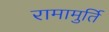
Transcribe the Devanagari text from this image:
रामामुर्ति